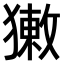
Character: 𤡳